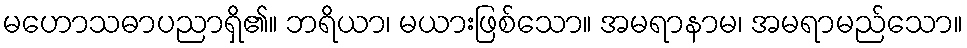
မဟောသဓာပညာရှိ၏။ ဘရိယာ၊ မယားဖြစ်သော။ အမရာနာမ၊ အမရာမည်သော။